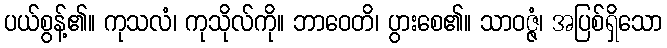
ပယ်စွန့်၏။ ကုသလံ၊ ကုသိုလ်ကို။ ဘာဝေတိ၊ ပွားစေ၏။ သာဝဇ္ဇံ၊ အပြစ်ရှိသော